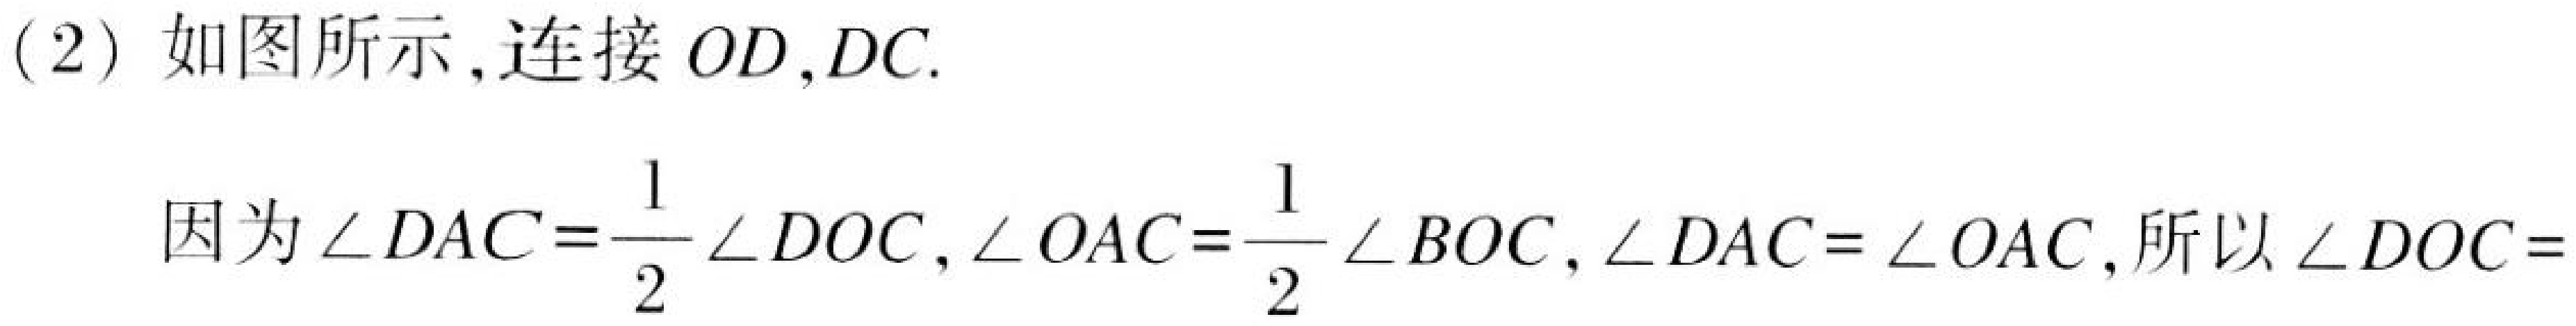
(2) 如图所示,连接 \(OD,DC\).
因为\(\angle DAC=\frac{1}{2}\angle DOC,\angle OAC=\frac{1}{2}\angle BOC,\angle DAC = \angle OAC\),所以\(\angle DOC =\)